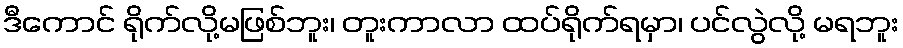
ဒီကောင် ရိုက်လို့မဖြစ်ဘူး၊ တူးကာလာ ထပ်ရိုက်ရမှာ၊ ပင်လွဲလို့ မရဘူး